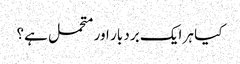
کیا ہر ایک برد بار اور متحمل ہے؟